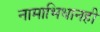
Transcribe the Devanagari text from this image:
नामाभिधानही